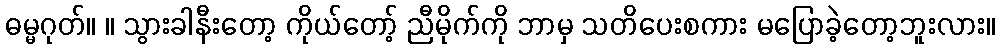
ဓမ္မဂုတ်။ ။ သွားခါနီးတော့ ကိုယ်တော့် ညီမိုက်ကို ဘာမှ သတိပေးစကား မပြောခဲ့တော့ဘူးလား။